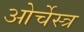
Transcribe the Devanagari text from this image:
ओर्चेस्त्र